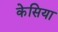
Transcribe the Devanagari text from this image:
केसिया